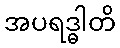
အပရဒ္ဓါတိ